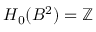
H _ { 0 } ( B ^ { 2 } ) = \mathbb { Z }